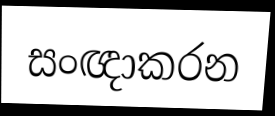
සංඥාකරන